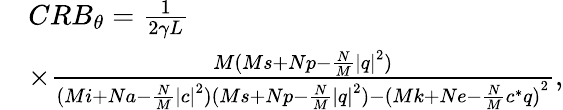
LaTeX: \begin{array}{rl}&{CR{B_{\theta}}=\frac{1}{{2\gamma L}}}\\ &{\times\frac{{M({Ms+Np-\frac{N}{M}{|q|}^{2}})}}{{{({Mi+Na-\frac{N}{M}{{|c|}^{2}}})({Ms+Np-\frac{N}{M}{{|q|}^{2}}})-{{({Mk+Ne-\frac{N}{M}{c^{*}}q})}^{2}}}}},}\end{array}